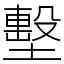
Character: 墼